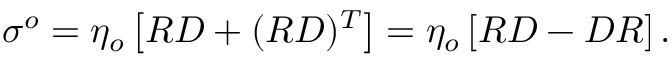
\sigma ^ { o } = { \eta _ { o } } \left[ R D + ( R D ) ^ { T } \right] = { \eta _ { o } } \left[ R D - D R \right] .